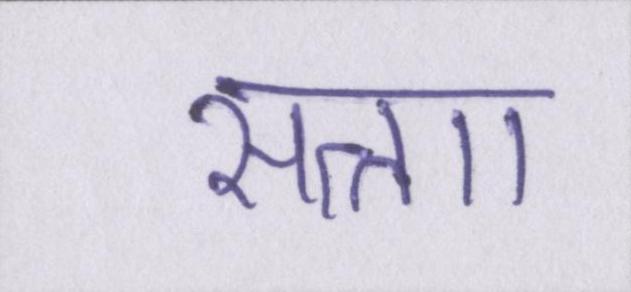
सत्ताा